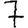
Digit: 7